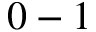
0 - 1